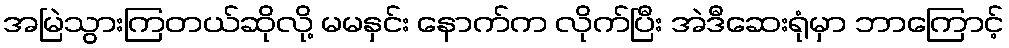
အမြဲသွားကြတယ်ဆိုလို့ မမနှင်း နောက်က လိုက်ပြီး အဲဒီဆေးရုံမှာ ဘာကြောင့်